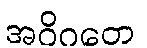
အဝိဂတေ